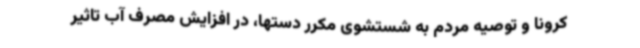
کرونا و توصیه مردم به شستشوی مکرر دستها، در افزایش مصرف آب تاثیر